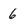
Character: 6